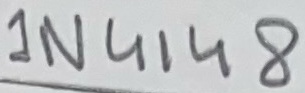
Text: 1N4148